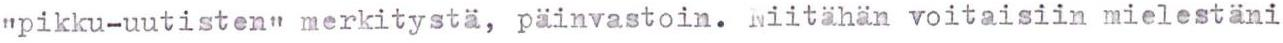
"pikku-uutisten" merkitystä, päinvastoin. Niitähän voitaisiin mielestäni